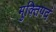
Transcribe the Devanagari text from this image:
मुक्तिपदं